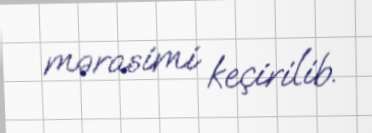
mərasimi keçirilib.